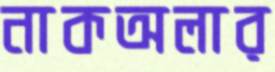
নাকঅলার